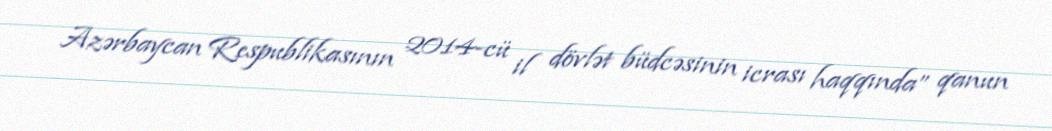
Azərbaycan Respublikasının 2014-cü il dövlət büdcəsinin icrası haqqında” qanun